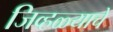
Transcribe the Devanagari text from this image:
जिव्हळ्याचे